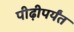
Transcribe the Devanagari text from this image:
पीढ़ीपर्यंत